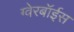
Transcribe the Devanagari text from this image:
ग्‍वेरबॉईस